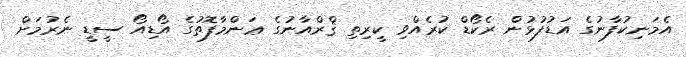
އެމަނިކުފާނުގެ އަޑުފުޅުން ރެކޯޑް ކުރެއްވި ކީރިތި ޤްރްއާނުގެ ޢަންމާފޮތުގެ އޯޑިއޯ ސީޑީ ނެރުމަށް